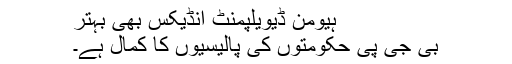
ہیومن ڈیویلپمنٹ انڈیکس بھی بہتر
بی جی پی حکومتوں کی پالیسیوں کا کمال ہے۔